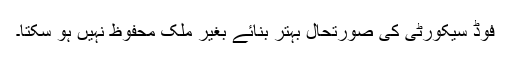
فوڈ سیکورٹی کی صورتحال بہتر بنائے بغیر ملک محفوظ نہیں ہو سکتا۔